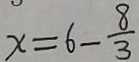
x = 6 - \frac { 8 } { 3 }